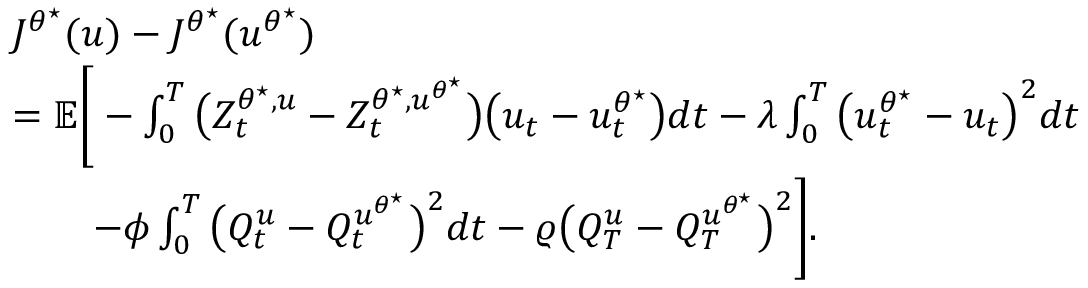
\begin{array} { r l } & { J ^ { \theta ^ { \star } } ( u ) - J ^ { \theta ^ { \star } } ( u ^ { \theta ^ { \star } } ) } \\ & { = \mathbb { E } \Bigg [ - \int _ { 0 } ^ { T } \big ( Z _ { t } ^ { \theta ^ { \star } , u } - Z _ { t } ^ { \theta ^ { \star } , u ^ { \theta ^ { \star } } } \big ) \big ( u _ { t } - u _ { t } ^ { \theta ^ { \star } } \big ) d t - \lambda \int _ { 0 } ^ { T } \big ( u _ { t } ^ { \theta ^ { \star } } - u _ { t } \big ) ^ { 2 } d t } \\ & { \qquad - \phi \int _ { 0 } ^ { T } \big ( Q _ { t } ^ { u } - Q _ { t } ^ { u ^ { \theta ^ { \star } } } \big ) ^ { 2 } d t - \varrho \big ( Q _ { T } ^ { u } - Q _ { T } ^ { u ^ { \theta ^ { \star } } } \big ) ^ { 2 } \Bigg ] . } \end{array}